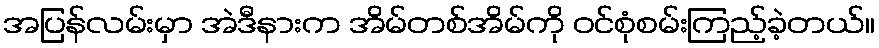
အပြန်လမ်းမှာ အဲဒီနားက အိမ်တစ်အိမ်ကို ဝင်စုံစမ်းကြည့်ခဲ့တယ်။